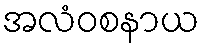
အလံဝစနာယ